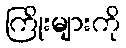
ကြိုးများကို